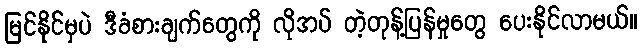
မြင်နိုင်မှပဲ ဒီခံစားချက်တွေကို လိုအပ် တဲ့တုန့်ပြန်မှုတွေ ပေးနိုင်လာမယ်။